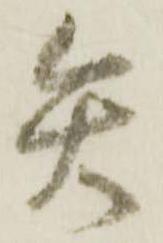
矢